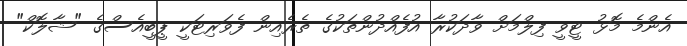
އެންމެ މޮޅު ޓީވީ ފިލްމަށް ވާދަކުރާ އުފެއްދުންތަކުގެ ތެރެއިން ފެވަރިޓަކީ ޕީބީއެސްގެ "ޝާލޮކް"